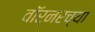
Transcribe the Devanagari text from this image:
वॉर्नरच्या